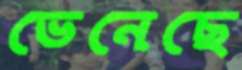
ভেনেছে